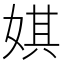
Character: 娸